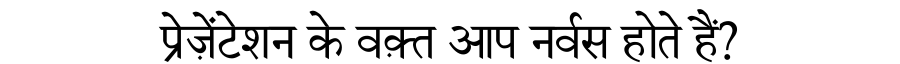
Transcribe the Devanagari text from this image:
प्रेज़ेंटेशन के वक़्त आप नर्वस होते हैं?